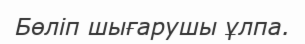
Бөліп шығарушы ұлпа.